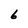
Character: 6